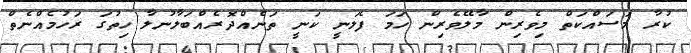
ކުރާ މަސައްކަތް މިވެރިން މާލޭވެރިން ހަމަ ފެލަނީ ކަނީ ތަނެއްދޮރެއްބަލާނުލާ ހިތުގަ ރަހުމެއްނެތް